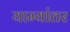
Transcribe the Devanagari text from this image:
याम्यांतर